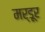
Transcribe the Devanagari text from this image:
मर्डूर